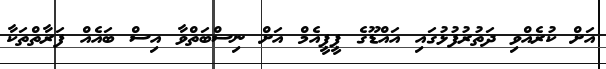
އަށް ކުރެއްވި ދަތުރުފުޅުގައި އައްޑޫގެ ޕީޕީއެމް އަށް ނިސްބަތްވާ އިސް ބައެއް ފަރާތްތަކާ